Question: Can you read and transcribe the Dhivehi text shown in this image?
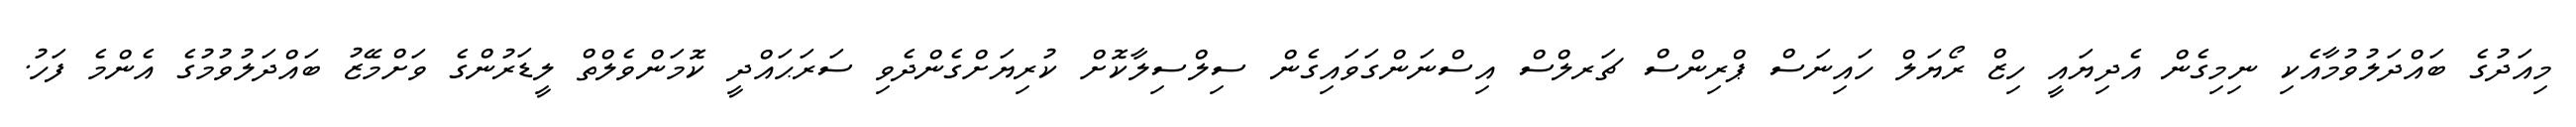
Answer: މިއަދުގެ ބައްދަލުވުމާއެކި ނިމިގެން އެދިޔައީ ހިޒް ރޯޔަލް ހައިނަސް ޕްރިންސް ޗަރލްސް އިސްނަންގަވައިގެން ސިލްސިލާކޮށް ކުރިޔަށްގެންދެވި ސަރަޙައްދީ ކޮމަންވެލްތް ލީޑަރުންގެ ވަށްމޭޒު ބައްދަލުވުމުގެ އެންމެ ފަހު.